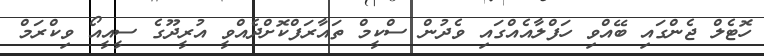
ހޮޓެލް ޖެންގައި ބޭއްވި ހަފްލާއެއްގައި ވެދުން ސްކީމް ތައާރަފްކޮށްދެއްވީ އުރީދޫގެ ސީއީއޯ ވިކްރަމް